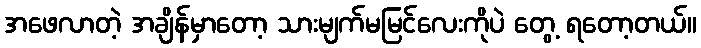
အဖေလာတဲ့ အချိန်မှာတော့ သားမျက်မမြင်လေးကိုပဲ တွေ့ ရတော့တယ်။